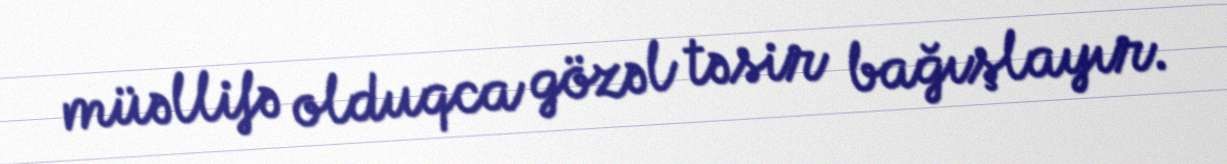
müəllifə olduqca gözəl təsir bağışlayır.